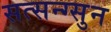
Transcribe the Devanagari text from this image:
सत्सन्ग्सुन